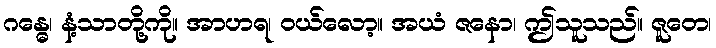
ဂန္ဓေ၊ နံ့သာတို့ကို။ အာဟရ၊ ဝယ်လော့။ အယံ ဇနော၊ ဤသူသည်။ ဇူတေ၊